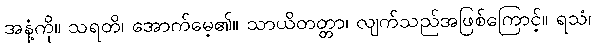
အနံ့ကို။ သရတိ၊ အောက်မေ့၏။ သာယိတတ္တာ၊ လျက်သည်အဖြစ်ကြောင့်။ ရသံ၊